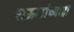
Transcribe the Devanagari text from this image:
राऊळांच्याही